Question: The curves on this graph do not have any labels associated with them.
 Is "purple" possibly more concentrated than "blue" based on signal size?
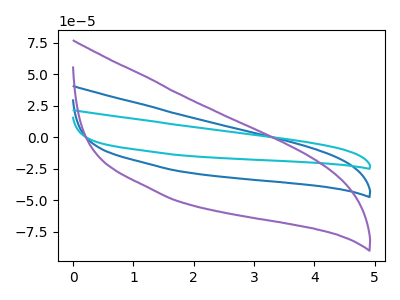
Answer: <think>The blue curve "blue" has no peaks. The cyan curve "cyan" has no peaks. The purple curve "purple" has no peaks.
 Neither "purple" or "blue" have any peaks.</think>
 <answer>I cant tell if "purple" or "blue" has more signal.</answer>
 <eval>mixed_signal</eval>